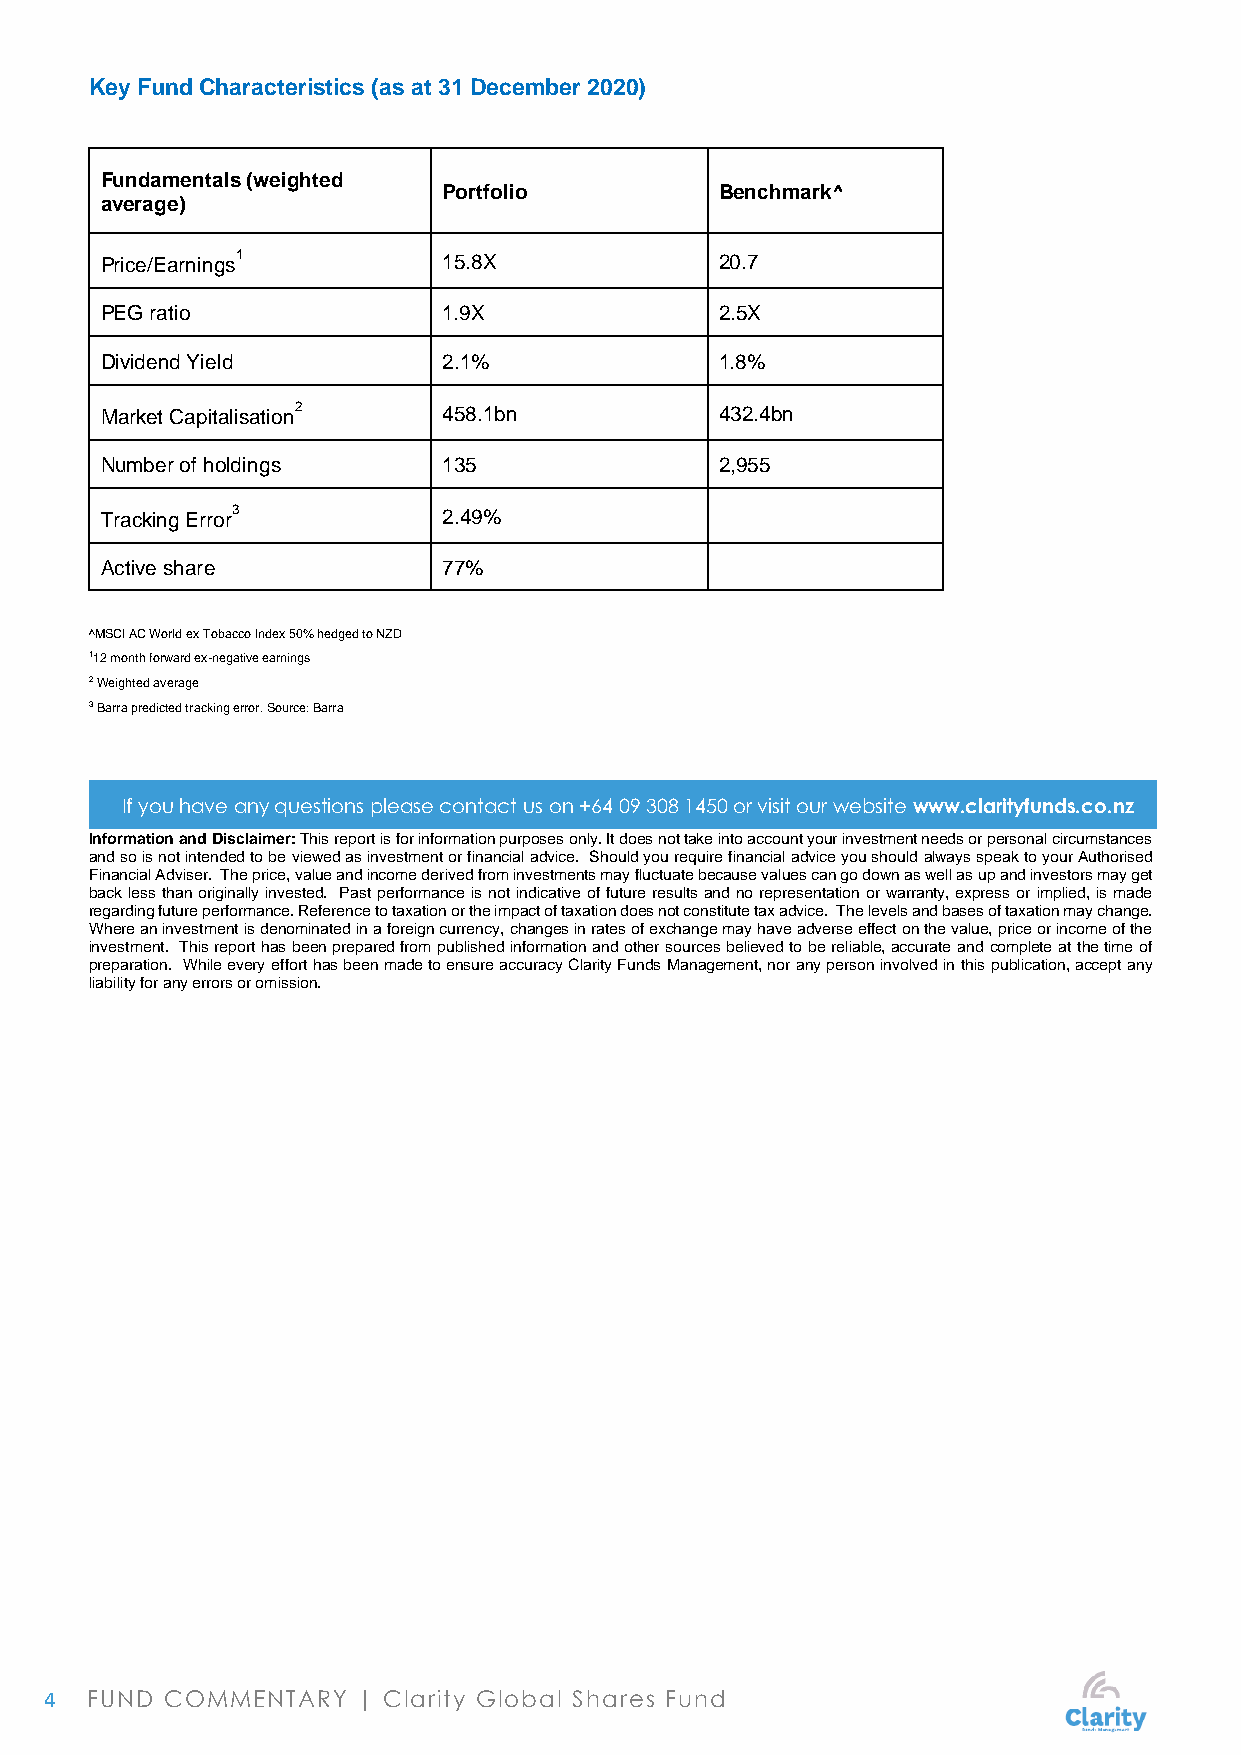
Key Fund Characteristics (as at 31 December 2020)
 Fundamentals (weighted
 Portfolio          Benchmark^
 average)
 Price/Earnings1       15.8X              20.7
 PEG ratio             1.9X               2.5X
 Dividend Yield        2.1%               1.8%
 Market Capitalisation2 458.1bn           432.4bn
 Number of holdings    135                2,955
 Tracking Error3       2.49%
 Active share          77%
 ^MSCI AC World ex Tobacco Index 50% hedged to NZD
 112 month forward ex-negative earnings
 2 Weighted average
 3 Barra predicted tracking error. Source: Barra
 If you have any questions please contact us on +64 09 308 1450 or visit our website www.clarityfunds.co.nz
 Information and Disclaimer: This report is for information purposes only. It does not take into account your investment needs or personal circumstances
 and so is not intended to be viewed as investment or financial advice. Should you require financial advice you should always speak to your Authorised
 Financial Adviser. The price, value and income derived from investments may fluctuate because values can go down as well as up and investors may get
 back less than originally invested. Past performance is not indicative of future results and no representation or warranty, express or implied, is made
 regarding future performance. Reference to taxation or the impact of taxation does not constitute tax advice. The levels and bases of taxation may change.
 Where an investment is denominated in a foreign currency, changes in rates of exchange may have adverse effect on the value, price or income of the
 investment. This report has been prepared from published information and other sources believed to be reliable, accurate and complete at the time of
 preparation. While every effort has been made to ensure accuracy Clarity Funds Management, nor any person involved in this publication, accept any
 liability for any errors or omission.
 4  FUND COMMENTARY   | Clarity Global Shares Fund